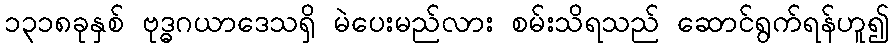
၁၃၁၈ခုနှစ် ဗုဒ္ဓဂယာဒေသရှိ မဲပေးမည်လား စမ်းသိရသည် ဆောင်ရွက်ရန်ဟူ၍